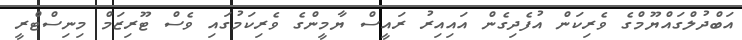
އަބްދުލްގައްޔޫމްގެ ވެރިކަން އުފެދިގެން އައިއިރު ރައީސް ޔާމީންގެ ވެރިކަމުގައި ވެސް ޓޫރިޒަމް މިނިސްޓްރީ